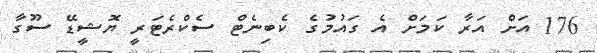
176 އަށް އަރާ ކަމަށް އެ ގައުމުގެ ކެބިނެޓް ސެކްރެޓަރީ ޔޮޝީޑޭ ސޫގާ